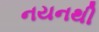
નયનથી